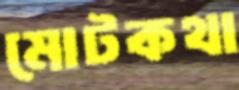
মোটকথা